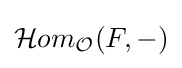
{\mathcal {H}}om_{\mathcal {O}}(F,-)